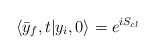
\begin{align*}\langle \bar{y}_f,t|y_i,0 \rangle = e^{i S_{cl}}\end{align*}